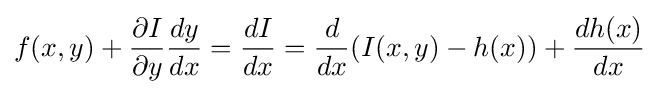
f(x,y)+{\partial I \over \partial y}{dy \over dx}={dI \over dx}={d \over dx}(I(x,y)-h(x))+{dh(x) \over dx}